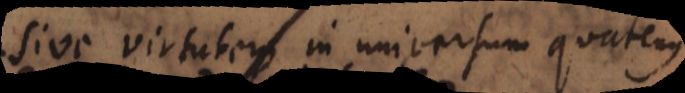
ipsa virtus in universum, quatenus